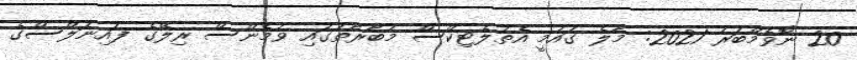
20 ނޮވެމްބަރު 2021: މާލެ ގައުމީ އެތުލެޓިކްސް މުބާރާތުގައި ވުމެންސް ރިލޭގެ ފައިނަލްސްގެ